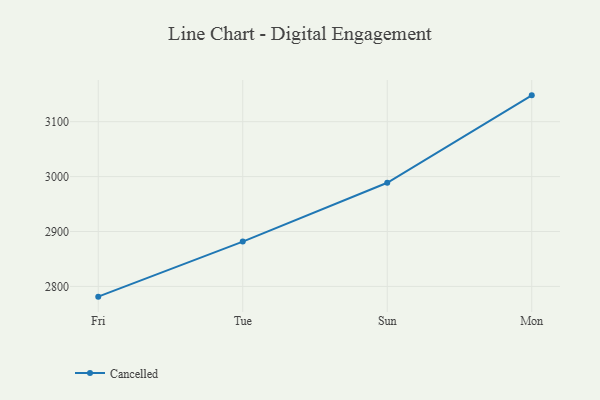
{"axis": {"x": "Day", "y": "Net Income (USD K)"}, "legend": ["Cancelled"], "data": [{"x": "Fri", "y": 2781.4, "type": "Cancelled"}, {"x": "Tue", "y": 2881.7, "type": "Cancelled"}, {"x": "Sun", "y": 2988.7, "type": "Cancelled"}, {"x": "Mon", "y": 3147.9, "type": "Cancelled"}]}